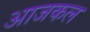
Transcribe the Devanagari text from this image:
अाजकल